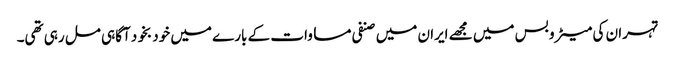
تہران کی میٹرو بس میں مجھے ایران میں صنفی مساوات کے بارے میں خود بخود آگاہی مل رہی تھی۔